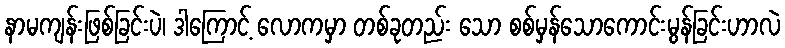
နာမကျန်းဖြစ်ခြင်းပဲ၊ ဒါကြောင့် လောကမှာ တစ်ခုတည်း သော စစ်မှန်သောကောင်းမွန်ခြင်းဟာလဲ